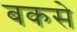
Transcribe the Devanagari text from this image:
बकसे